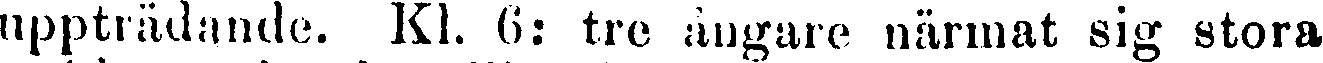
uppträdande. Kl. 6: tre ångare närmat sig stora